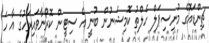
ޗިންޑައޮގެ މުނިސިޕަލް ހެލްތު ކޮމިޝަނުން ބުނީ އެ ސިޓީން ކޮރޯނާވައިރަހުގެ އާ ހަ